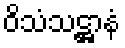
ဝိသံသဋ္ဌာနံ